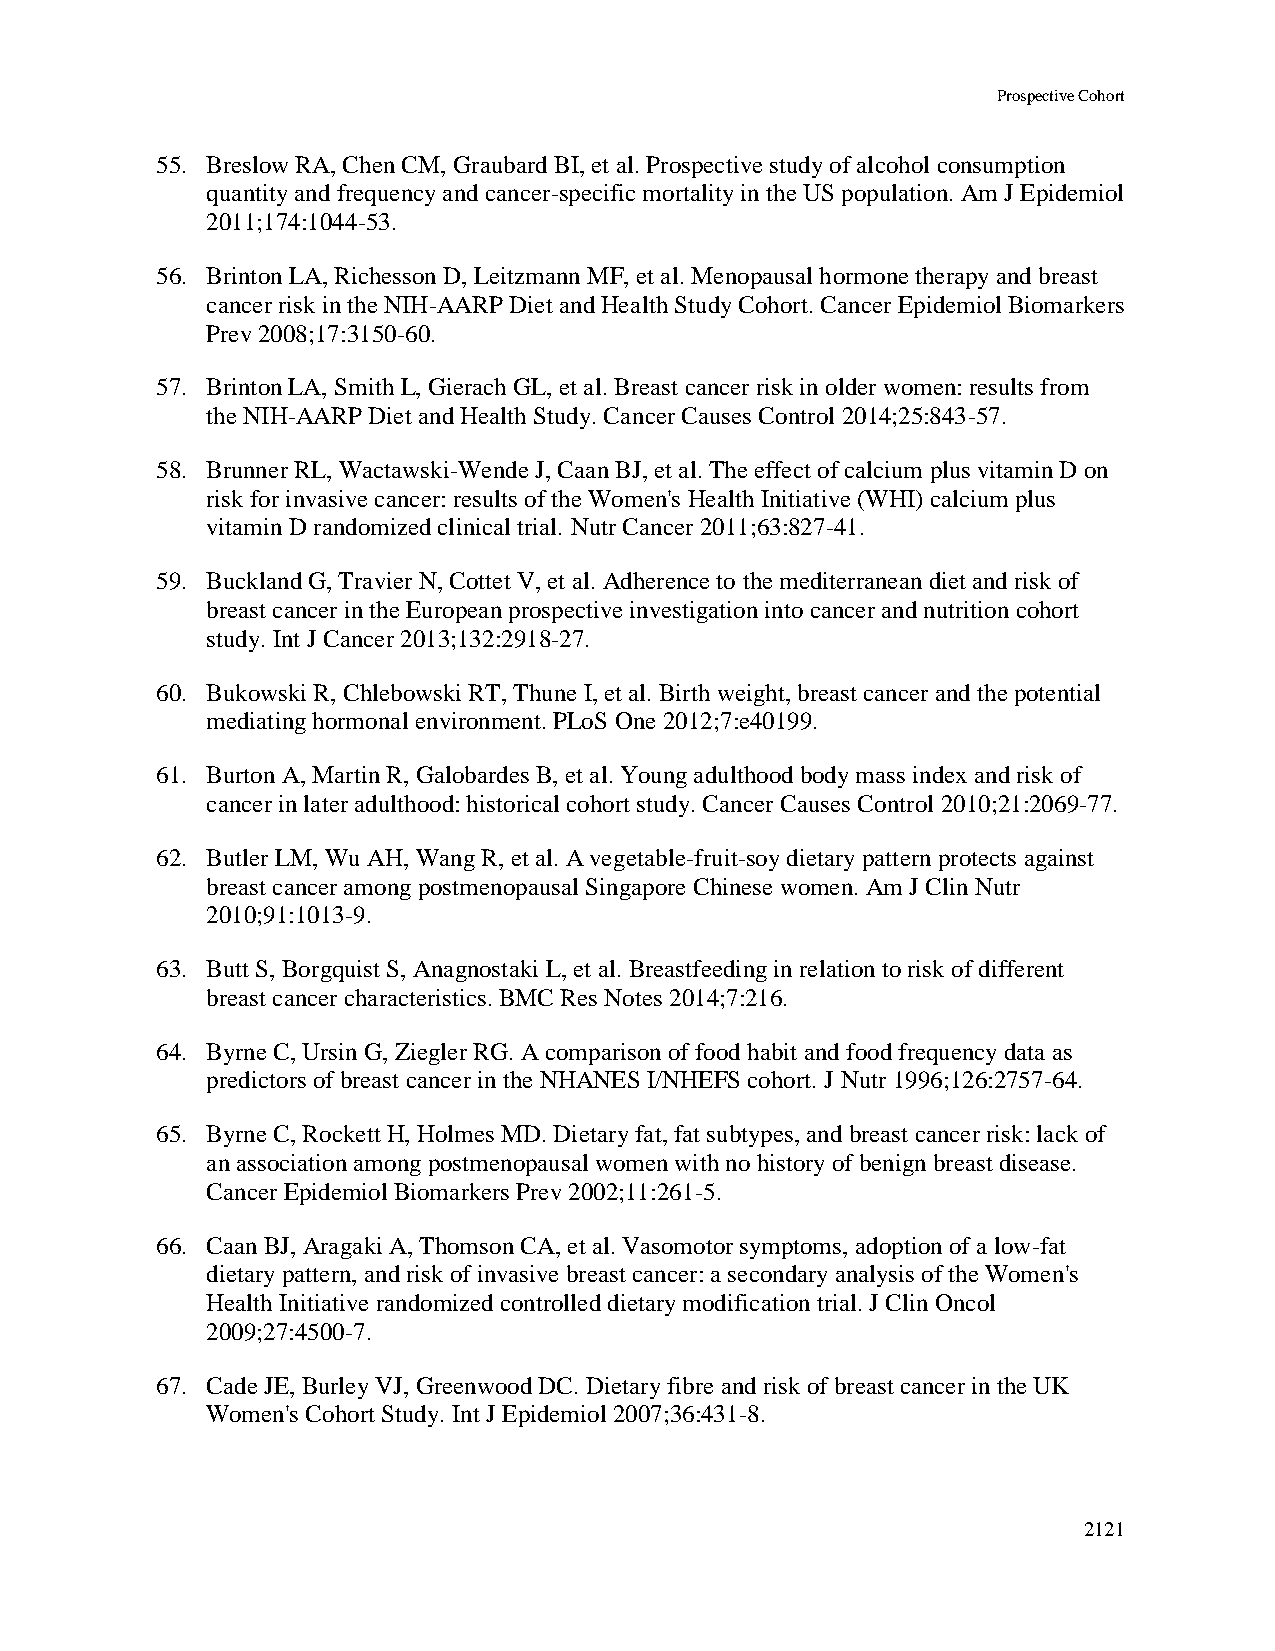
Prospective Cohort
 55. Breslow RA, Chen CM, Graubard BI, et al. Prospective study of alcohol consumption
 quantity and frequency and cancer-specific mortality in the US population. Am J Epidemiol
 2011;174:1044-53.
 56. Brinton LA, Richesson D, Leitzmann MF, et al. Menopausal hormone therapy and breast
 cancer risk in the NIH-AARP Diet and Health Study Cohort. Cancer Epidemiol Biomarkers
 Prev 2008;17:3150-60.
 57. Brinton LA, Smith L, Gierach GL, et al. Breast cancer risk in older women: results from
 the NIH-AARP Diet and Health Study. Cancer Causes Control 2014;25:843-57.
 58. Brunner RL, Wactawski-Wende J, Caan BJ, et al. The effect of calcium plus vitamin D on
 risk for invasive cancer: results of the Women's Health Initiative (WHI) calcium plus
 vitamin D randomized clinical trial. Nutr Cancer 2011;63:827-41.
 59. Buckland G, Travier N, Cottet V, et al. Adherence to the mediterranean diet and risk of
 breast cancer in the European prospective investigation into cancer and nutrition cohort
 study. Int J Cancer 2013;132:2918-27.
 60. Bukowski R, Chlebowski RT, Thune I, et al. Birth weight, breast cancer and the potential
 mediating hormonal environment. PLoS One 2012;7:e40199.
 61. Burton A, Martin R, Galobardes B, et al. Young adulthood body mass index and risk of
 cancer in later adulthood: historical cohort study. Cancer Causes Control 2010;21:2069-77.
 62. Butler LM, Wu AH, Wang R, et al. A vegetable-fruit-soy dietary pattern protects against
 breast cancer among postmenopausal Singapore Chinese women. Am J Clin Nutr
 2010;91:1013-9.
 63. Butt S, Borgquist S, Anagnostaki L, et al. Breastfeeding in relation to risk of different
 breast cancer characteristics. BMC Res Notes 2014;7:216.
 64. Byrne C, Ursin G, Ziegler RG. A comparison of food habit and food frequency data as
 predictors of breast cancer in the NHANES I/NHEFS cohort. J Nutr 1996;126:2757-64.
 65. Byrne C, Rockett H, Holmes MD. Dietary fat, fat subtypes, and breast cancer risk: lack of
 an association among postmenopausal women with no history of benign breast disease.
 Cancer Epidemiol Biomarkers Prev 2002;11:261-5.
 66. Caan BJ, Aragaki A, Thomson CA, et al. Vasomotor symptoms, adoption of a low-fat
 dietary pattern, and risk of invasive breast cancer: a secondary analysis of the Women's
 Health Initiative randomized controlled dietary modification trial. J Clin Oncol
 2009;27:4500-7.
 67. Cade JE, Burley VJ, Greenwood DC. Dietary fibre and risk of breast cancer in the UK
 Women's Cohort Study. Int J Epidemiol 2007;36:431-8.
 2121